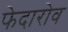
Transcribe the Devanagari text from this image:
फेदारोव